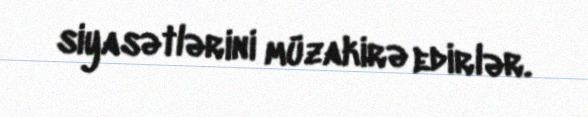
siyasətlərini müzakirə edirlər.